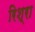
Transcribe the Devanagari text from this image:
रिश्रा